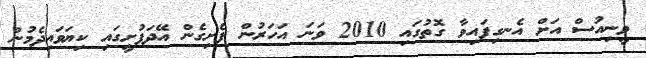
ވީނިއުސް އަށް އެނގިފައިވާ ގޮތުގައި 2010 ވަނަ އަހަރުން ފެށިގެން އޭދަފުށީގައި ކިޔަވައިދެމުން